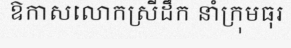
ឱកាសលោកស្រីដឹក នាំក្រុមធុរ